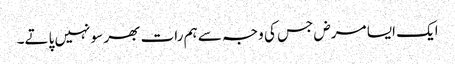
ایک ایسا مرض جس کی وجہ سے ہم رات بھر سو نہیں پاتے۔